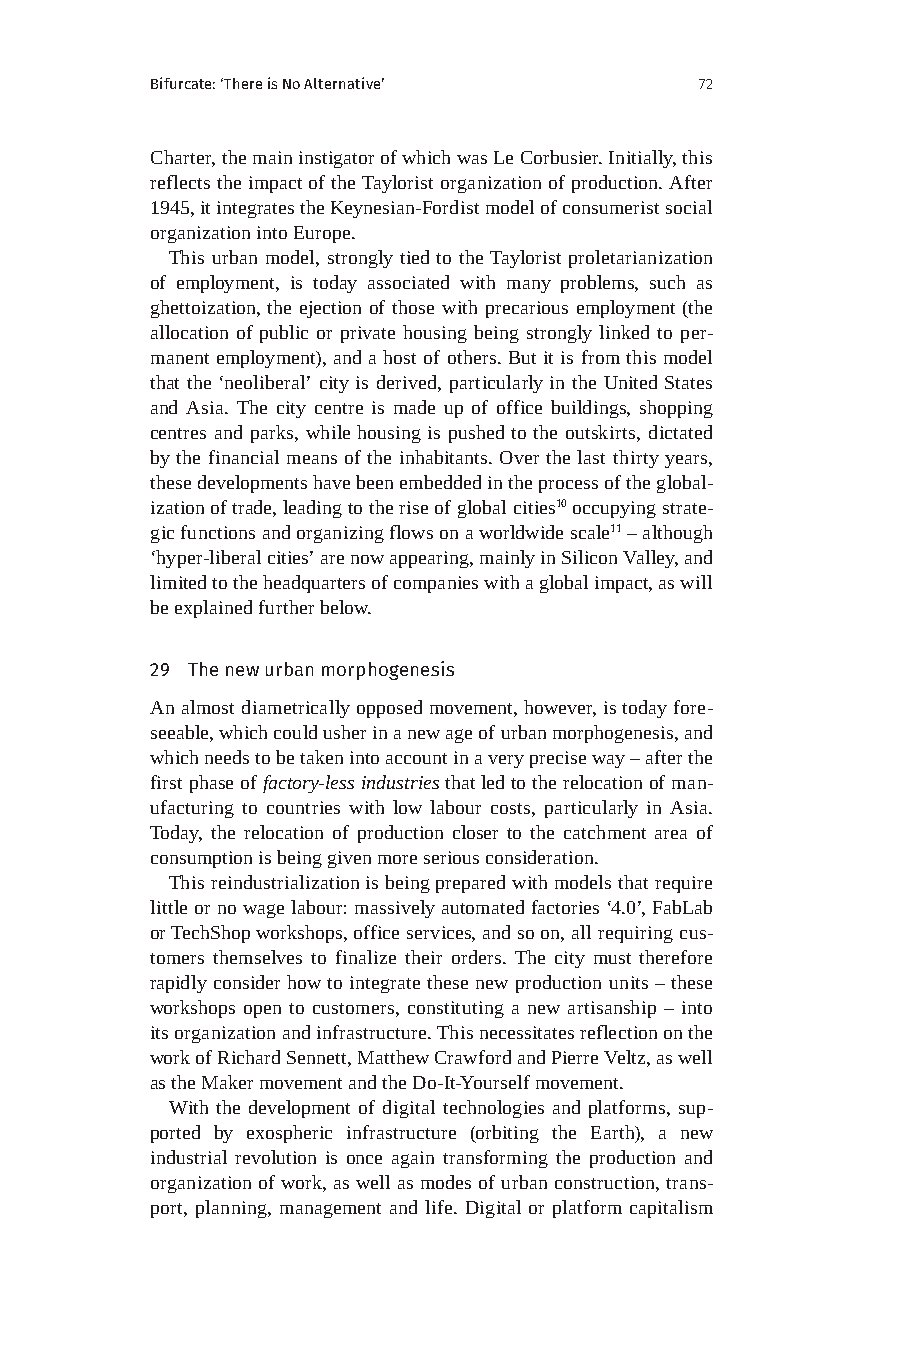
Bifurcate: ‘There is No Alternative’ 72
 Charter, the main instigator of which was Le Corbusier. Initially, this
 reflects the impact of the Taylorist organization of production. After
 1945, it integrates the Keynesian-Fordist model of consumerist social
 organization into Europe.
 This urban model, strongly tied to the Taylorist proletarianization
 of employment, is today associated with many problems, such as
 ghettoization, the ejection of those with precarious employment (the
 allocation of public or private housing being strongly linked to per-
 manent employment), and a host of others. But it is from this model
 that the ‘neoliberal’ city is derived, particularly in the United States
 and Asia. The city centre is made up of office buildings, shopping
 centres and parks, while housing is pushed to the outskirts, dictated
 by the financial means of the inhabitants. Over the last thirty years,
 these developments have been embedded in the process of the global-
 ization of trade, leading to the rise of global cities10 occupying strate-
 gic functions and organizing flows on a worldwide scale11 – although
 ‘hyper-liberal cities’ are now appearing, mainly in Silicon Valley, and
 limited to the headquarters of companies with a global impact, as will
 be explained further below.
 29 The new urban morphogenesis
 An almost diametrically opposed movement, however, is today fore-
 seeable, which could usher in a new age of urban morphogenesis, and
 which needs to be taken into account in a very precise way – after the
 first phase of factory-less industries that led to the relocation of man-
 ufacturing to countries with low labour costs, particularly in Asia.
 Today, the relocation of production closer to the catchment area of
 consumption is being given more serious consideration.
 This reindustrialization is being prepared with models that require
 little or no wage labour: massively automated factories ‘4.0’, FabLab
 or TechShop workshops, office services, and so on, all requiring cus-
 tomers themselves to finalize their orders. The city must therefore
 rapidly consider how to integrate these new production units – these
 workshops open to customers, constituting a new artisanship – into
 its organization and infrastructure. This necessitates reflection on the
 work of Richard Sennett, Matthew Crawford and Pierre Veltz, as well
 as the Maker movement and the Do-It-Yourself movement.
 With the development of digital technologies and platforms, sup-
 ported by exospheric infrastructure (orbiting the Earth), a new
 industrial revolution is once again transforming the production and
 organization of work, as well as modes of urban construction, trans-
 port, planning, management and life. Digital or platform capitalism